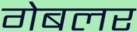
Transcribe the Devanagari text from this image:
गेबलर